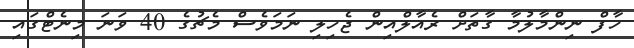
ހާފް ނިންމާލުމާ ގާތަށް ރެއާލްއިން ޖެހިލި ނަމަވެސް މެޗުގެ 40 ވަނަ މިނެޓްގައި